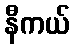
နီကယ်